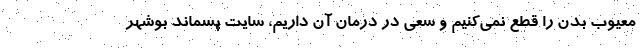
معیوب بدن را قطع نمی‌کنیم و سعی در درمان آن داریم، سایت پسماند بوشهر